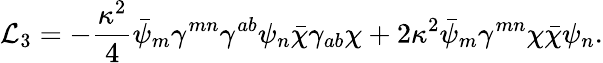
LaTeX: {\cal L}_{3}=-\frac{\kappa^{2}}{4}\bar{\psi}_{m}\gamma^{mn}\gamma^{ab}\psi_{n}\bar{\chi}\gamma_{ab}\chi+2\kappa^{2}\bar{\psi}_{m}\gamma^{mn}\chi\bar{\chi}\psi_{n}.